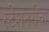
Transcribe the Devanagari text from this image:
स्टेशनरीचा